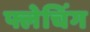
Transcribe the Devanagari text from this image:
फ्लेचिंग